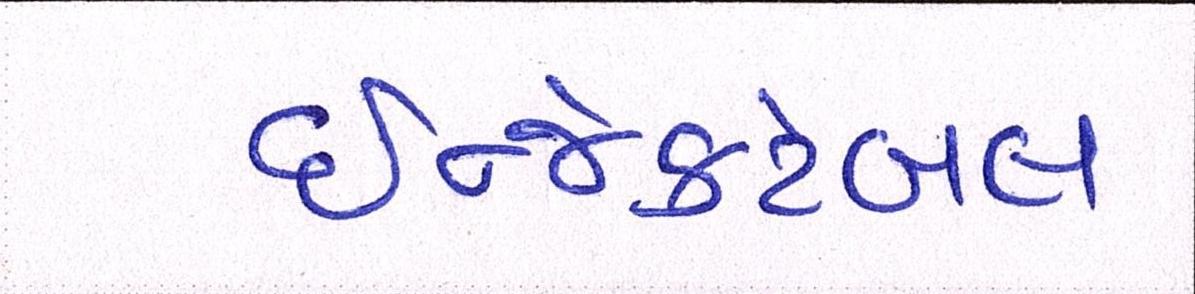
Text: ઇન્જેક્ટેબલ